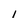
Character: I